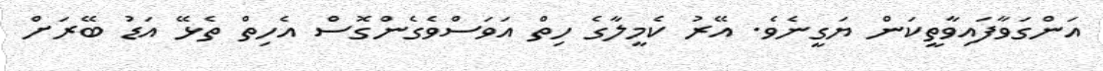
އަންގަވާފައިވާތީކަން ޔަގީނެވެ. އޭރު ކެމީލާގެ ހިތް އަވަސްވެގެންގޮސް އެހިތް ތެޅޭ އަޑު ބޭރަށް